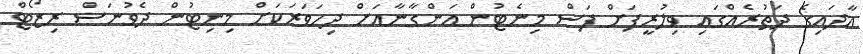
އާދައިގެ ދަތުރެއްގައި ވިލުރީފަށް ފަސް މިނެޓުން އަންގާނާއަށް ދިހަވަރަކަށް މިނިޓުން ދެވުނަސް ރިޒޯޓް